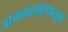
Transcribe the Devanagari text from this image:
डायनासॉरपासून